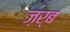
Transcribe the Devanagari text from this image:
ज़र्ब